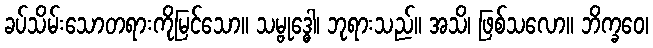
ခပ်သိမ်းသောတရားကိုမြင်သော။ သမ္ဗုဒ္ဓေါ၊ ဘုရားသည်။ အသိ၊ ဖြစ်သလော။ ဘိက္ခဝေ၊